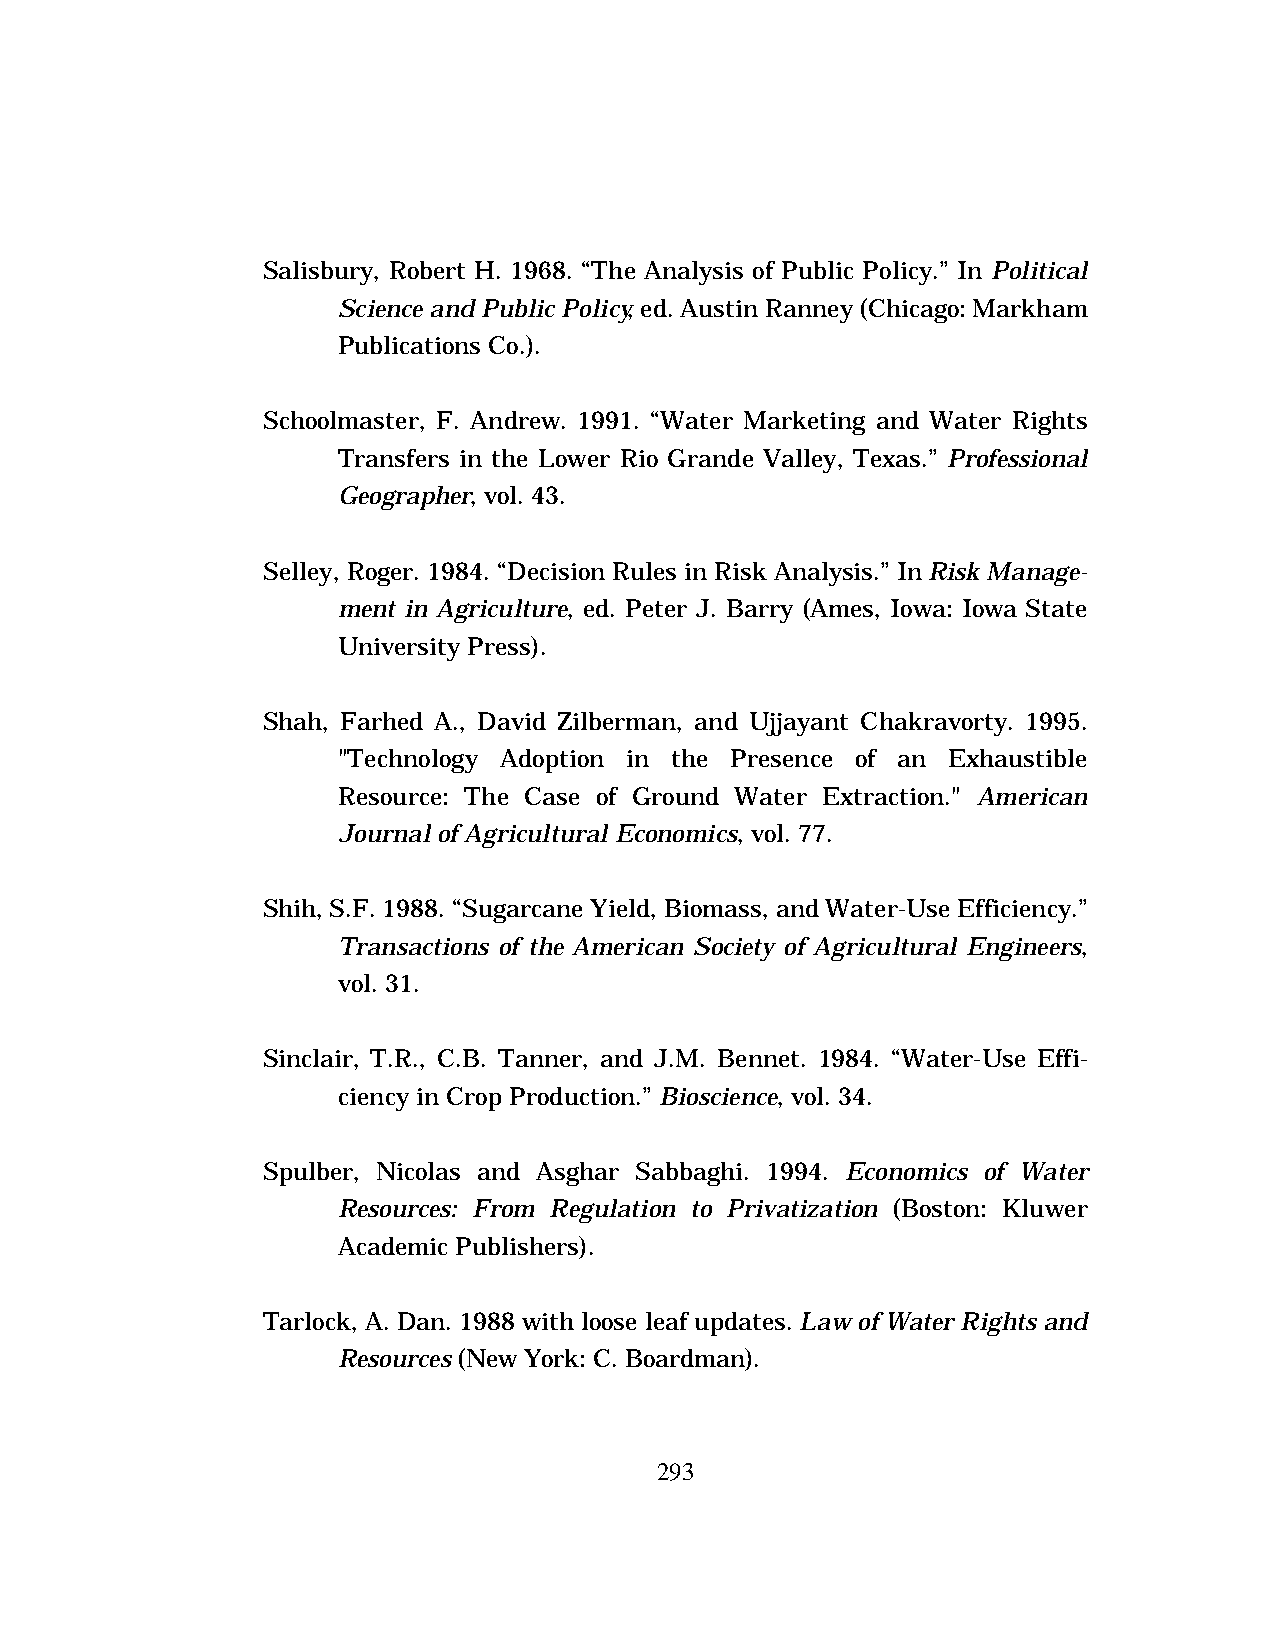
Salisbury, Robert H. 1968. “The Analysis of Public Policy.” In Political
 Science and Public Policy, ed. Austin Ranney (Chicago: Markham
 Publications Co.).
 Schoolmaster, F. Andrew. 1991. “Water Marketing and Water Rights
 Transfers in the Lower Rio Grande Valley, Texas.” Professional
 Geographer, vol. 43.
 Selley, Roger. 1984. “Decision Rules in Risk Analysis.” In Risk Manage-
 ment in Agriculture, ed. Peter J. Barry (Ames, Iowa: Iowa State
 University Press).
 Shah, Farhed A., David Zilberman, and Ujjayant Chakravorty. 1995.
 "Technology Adoption in the Presence of an Exhaustible
 Resource: The Case of Ground Water Extraction." American
 Journal of Agricultural Economics, vol. 77.
 Shih, S.F. 1988. “Sugarcane Yield, Biomass, and Water-Use Efficiency.”
 Transactions of the American Society of Agricultural Engineers,
 vol. 31.
 Sinclair, T.R., C.B. Tanner, and J.M. Bennet. 1984. “Water-Use Effi-
 ciency in Crop Production.” Bioscience, vol. 34.
 Spulber, Nicolas and Asghar Sabbaghi. 1994. Economics of Water
 Resources: From Regulation to Privatization (Boston: Kluwer
 Academic Publishers).
 Tarlock, A. Dan. 1988 with loose leaf updates. Law of Water Rights and
 Resources (New York: C. Boardman).
 293